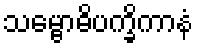
သမ္ဗောဓိပက္ခိကာနံ